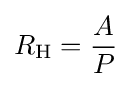
R_{\text{H}}={\frac {A}{P}}